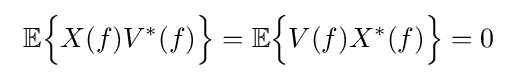
\ \mathbb {E} {\Big \{}X(f)V^{*}(f){\Big \}}=\mathbb {E} {\Big \{}V(f)X^{*}(f){\Big \}}=0